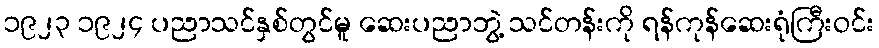
၁၉၂၃ ၁၉၂၄ ပညာသင်နှစ်တွင်မူ ဆေးပညာဘွဲ့ သင်တန်းကို ရန်ကုန်ဆေးရုံကြီးဝင်း